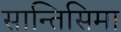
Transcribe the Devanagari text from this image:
सान्तिसिमा